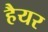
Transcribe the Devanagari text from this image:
हैयर